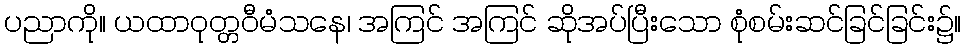
ပညာကို။ ယထာဝုတ္တဝီမံသနေ၊ အကြင် အကြင် ဆိုအပ်ပြီးသော စုံစမ်းဆင်ခြင်ခြင်း၌။